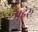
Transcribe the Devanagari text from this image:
महेरू